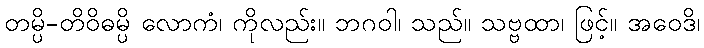
တမ္ပိ-တိဝိဓမ္ပိ လောကံ၊ ကိုလည်း။ ဘဂဝါ၊ သည်။ သဗ္ဗထာ၊ ဖြင့်။ အဝေဒိ၊